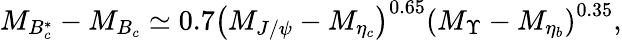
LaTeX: M_{B_{c}^{*}}-M_{B_{c}}\simeq 0.7\left(M_{J/\psi}-M_{\eta_{c}}\right)^{0.65}\left(M_{\Upsilon}-M_{\eta_{b}}\right)^{0.35},